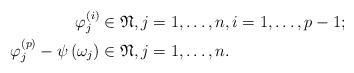
LaTeX: \begin{align*}\varphi_{j}^{\left(i\right)} &\in\mathfrak{N},j=1,\dots,n,i=1,\dots,p-1;\\\varphi_{j}^{\left(p\right)}-\psi\left(\omega_{j}\right) &\in\mathfrak{N},j=1,\dots,n.\end{align*}